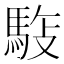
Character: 𩣓